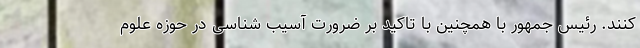
کنند. رئیس جمهور با همچنین با تاکید بر ضرورت آسیب شناسی در حوزه علوم